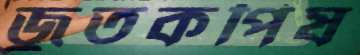
জুতকপিষ